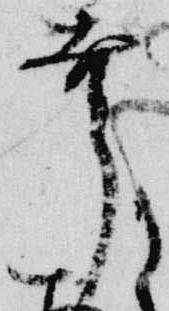
幸